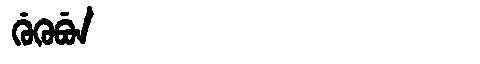
Manchu: ᡤᡠᡴᡠᠪᡠᠨ
Romanization: GUKUBUN